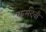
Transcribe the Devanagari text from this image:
कर्मदेवी